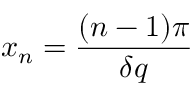
x _ { n } = \frac { ( n - 1 ) \pi } { \delta q }